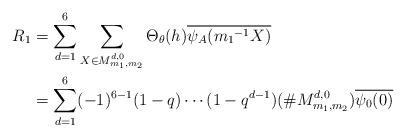
LaTeX: \begin{align*} R_1&=\sum_{d=1}^{6}\sum_{ X \in M_{m_{1},m_{2}}^{ d,0}}\Theta_{\theta}(h)\overline{\psi_A({m_1}^{-1}X)}\\&= \sum_{d=1}^{6}(-1)^{6-1}(1-q) \cdots (1-q^{d-1})(\# M_{m_{1},m_{2}}^{ d,0})\overline{\psi_0(0)} \end{align*}